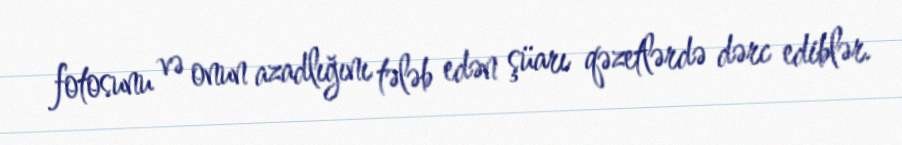
fotosunu və onun azadlığını tələb edən şüarı qəzetlərdə dərc ediblər.